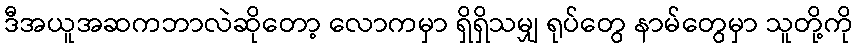
ဒီအယူအဆကဘာလဲဆိုတော့ လောကမှာ ရှိရှိသမျှ ရုပ်တွေ နာမ်တွေမှာ သူတို့ကို